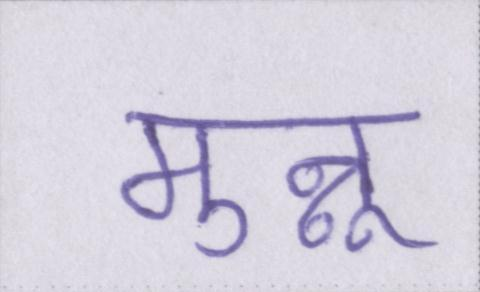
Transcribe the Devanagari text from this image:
मुन्नू